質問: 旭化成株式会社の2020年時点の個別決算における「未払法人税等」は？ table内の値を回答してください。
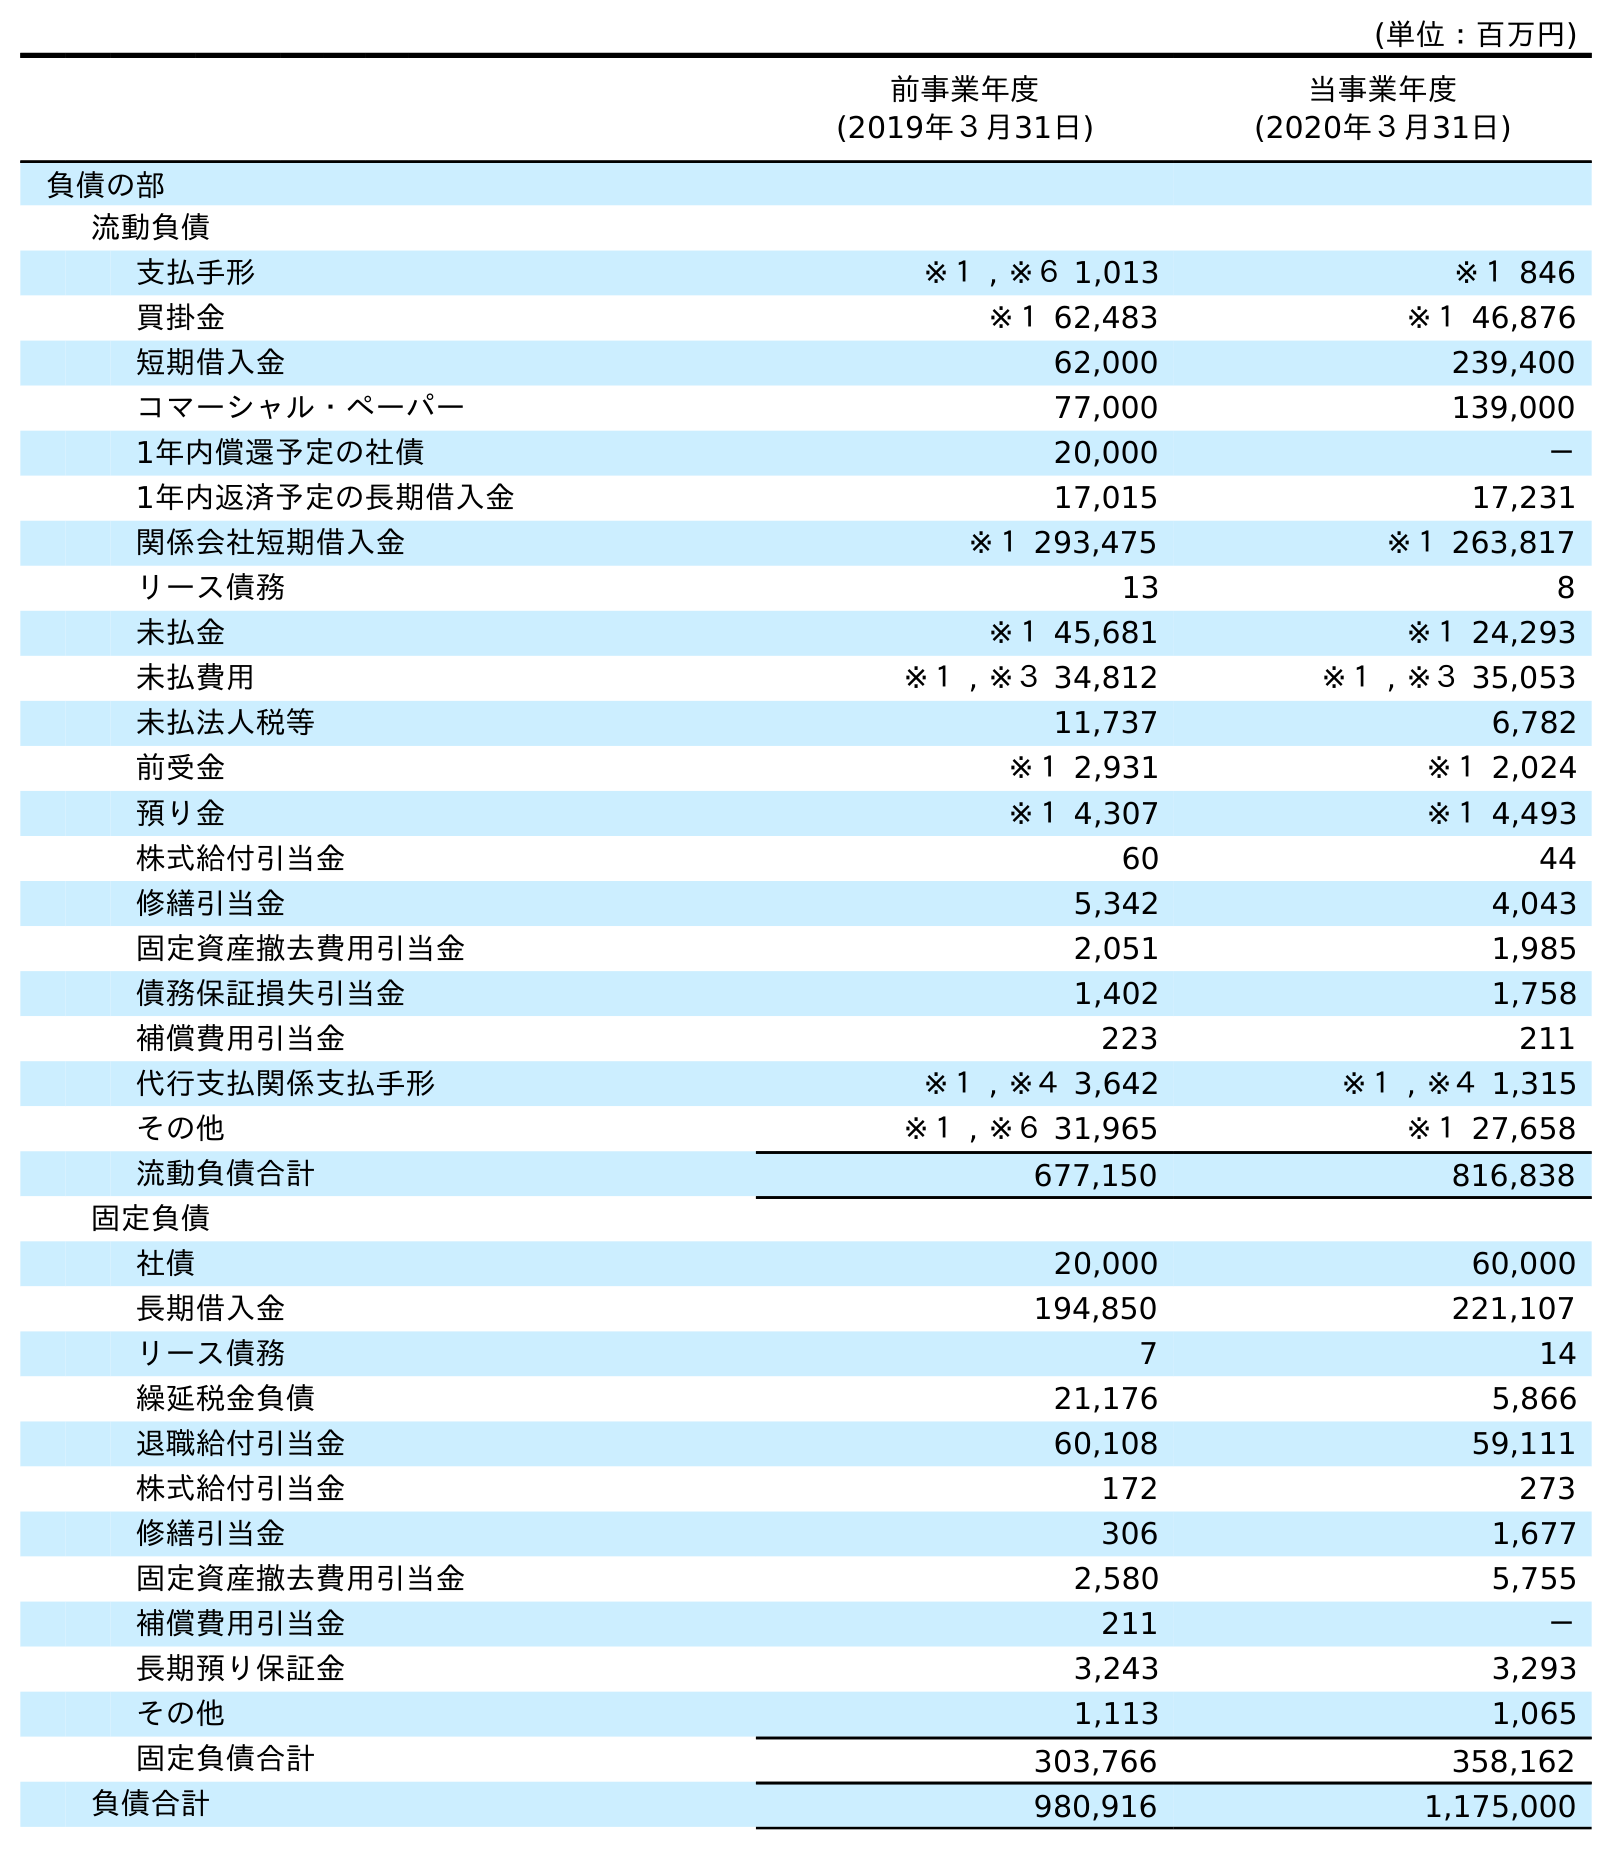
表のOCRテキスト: (単位：百万円) 前事業年度 (2019年３月31日) 当事業年度 (2020年３月31日) 負債の部 流動負債 支払手形 ※１ , ※６ 1,013 ※１ 846 買掛金 ※１ 62,483 ※１ 46,876 短期借入金 62,000 239,400 コマーシャル・ペーパー 77,000 139,000 1年内償還予定の社債 20,000 － 1年内返済予定の長期借入金 17,015 17,231 関係会社短期借入金 ※１ 293,475 ※１ 263,817 リース債務 13 8 未払金 ※１ 45,681 ※１ 24,293 未払費用 ※１ , ※３ 34,812 ※１ , ※３ 35,053 未払法人税等 11,737 6,782 前受金 ※１ 2,931 ※１ 2,024 預り金 ※１ 4,307 ※１ 4,493 株式給付引当金 60 44 修繕引当金 5,342 4,043 固定資産撤去費用引当金 2,051 1,985 債務保証損失引当金 1,402 1,758 補償費用引当金 223 211 代行支払関係支払手形 ※１ , ※４ 3,642 ※１ , ※４ 1,315 その他 ※１ , ※６ 31,965 ※１ 27,658 流動負債合計 677,150 816,838 固定負債 社債 20,000 60,000 長期借入金 194,850 221,107 リース債務 7 14 繰延税金負債 21,176 5,866 退職給付引当金 60,108 59,111 株式給付引当金 172 273 修繕引当金 306 1,677 固定資産撤去費用引当金 2,580 5,755 補償費用引当金 211 － 長期預り保証金 3,243 3,293 その他 1,113 1,065 固定負債合計 303,766 358,162 負債合計 980,916 1,175,000
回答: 6,782